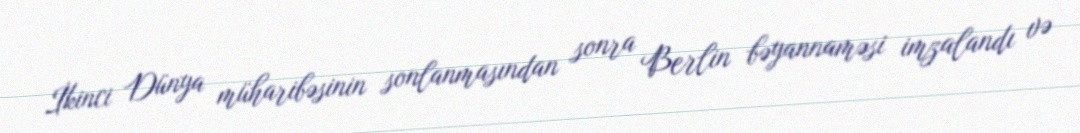
İkinci Dünya müharibəsinin sonlanmasından sonra Berlin bəyannaməsi imzalandı və